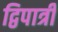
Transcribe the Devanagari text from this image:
द्विपात्री